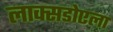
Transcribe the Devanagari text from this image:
लाक्सडोएला